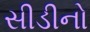
સીડીનો